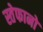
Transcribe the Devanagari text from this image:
स्तेफानो